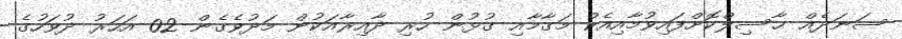
ސަނަދެއް ޙާސިލްކޮށްފައިވުމާއިއެކު މަގާމާއި ގުޅުން ހުރި ދާއިރާއަކުން މަދުވެގެން 02 އަހަރު ދުވަހުގެ